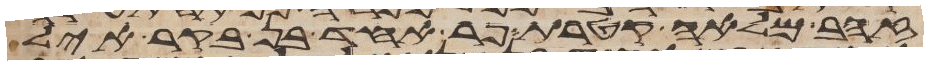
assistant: זהב מלאה קטרת פר אחד בן בקר איל